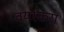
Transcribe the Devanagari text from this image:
वयस्करा